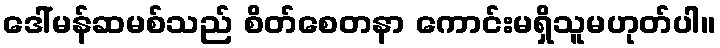
ဒေါ်မန်ဆမစ်သည် စိတ်စေတနာ ကောင်းမရှိသူမဟုတ်ပါ။